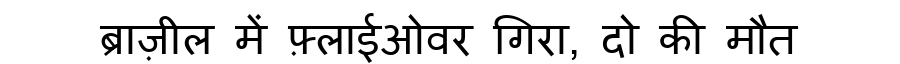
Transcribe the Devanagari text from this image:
ब्राज़ील में फ़्लाईओवर गिरा, दो की मौत